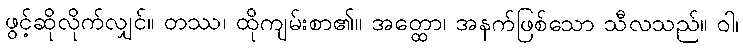
ဖွင့်ဆိုလိုက်လျှင်။ တဿ၊ ထိုကျမ်းစာ၏။ အတ္ထော၊ အနက်ဖြစ်သော သီလသည်။ ဝါ၊